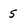
Character: S